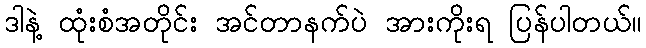
ဒါနဲ့ ထုံးစံအတိုင်း အင်တာနက်ပဲ အားကိုးရ ပြန်ပါတယ်။